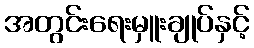
အတွင်းရေးမှူးချုပ်နှင့်